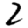
Digit: 2